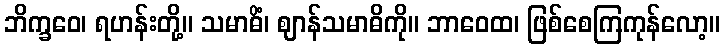
ဘိက္ခဝေ၊ ရဟန်းတို့။ သမာဓိံ၊ ဈာန်သမာဓိကို။ ဘာဝေထ၊ ဖြစ်စေကြကုန်လော့။